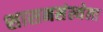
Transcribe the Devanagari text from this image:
शासनसंस्थेला